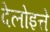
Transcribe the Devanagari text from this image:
देलोइत्ते